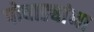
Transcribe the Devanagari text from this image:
पोवाड्यांना